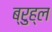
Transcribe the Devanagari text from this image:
ब्रुह्ल